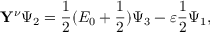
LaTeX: \mathbf { Y } ^ { \nu } \Psi _ { 2 } = \frac { 1 } { 2 } ( E _ { 0 } + \frac { 1 } { 2 } ) \Psi _ { 3 } - \varepsilon \frac { 1 } { 2 } \Psi _ { 1 } ,